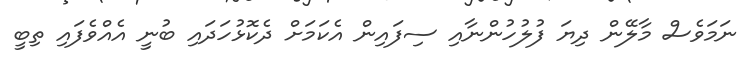
ނަމަވެސް މާލޭން ދިޔަ ފުލުހުންނާއި ސިފައިން އެކަމަށް ދެކޮޅުހަދައި ބުނީ އެއްވެފައި ތިބީ